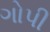
ગોપી